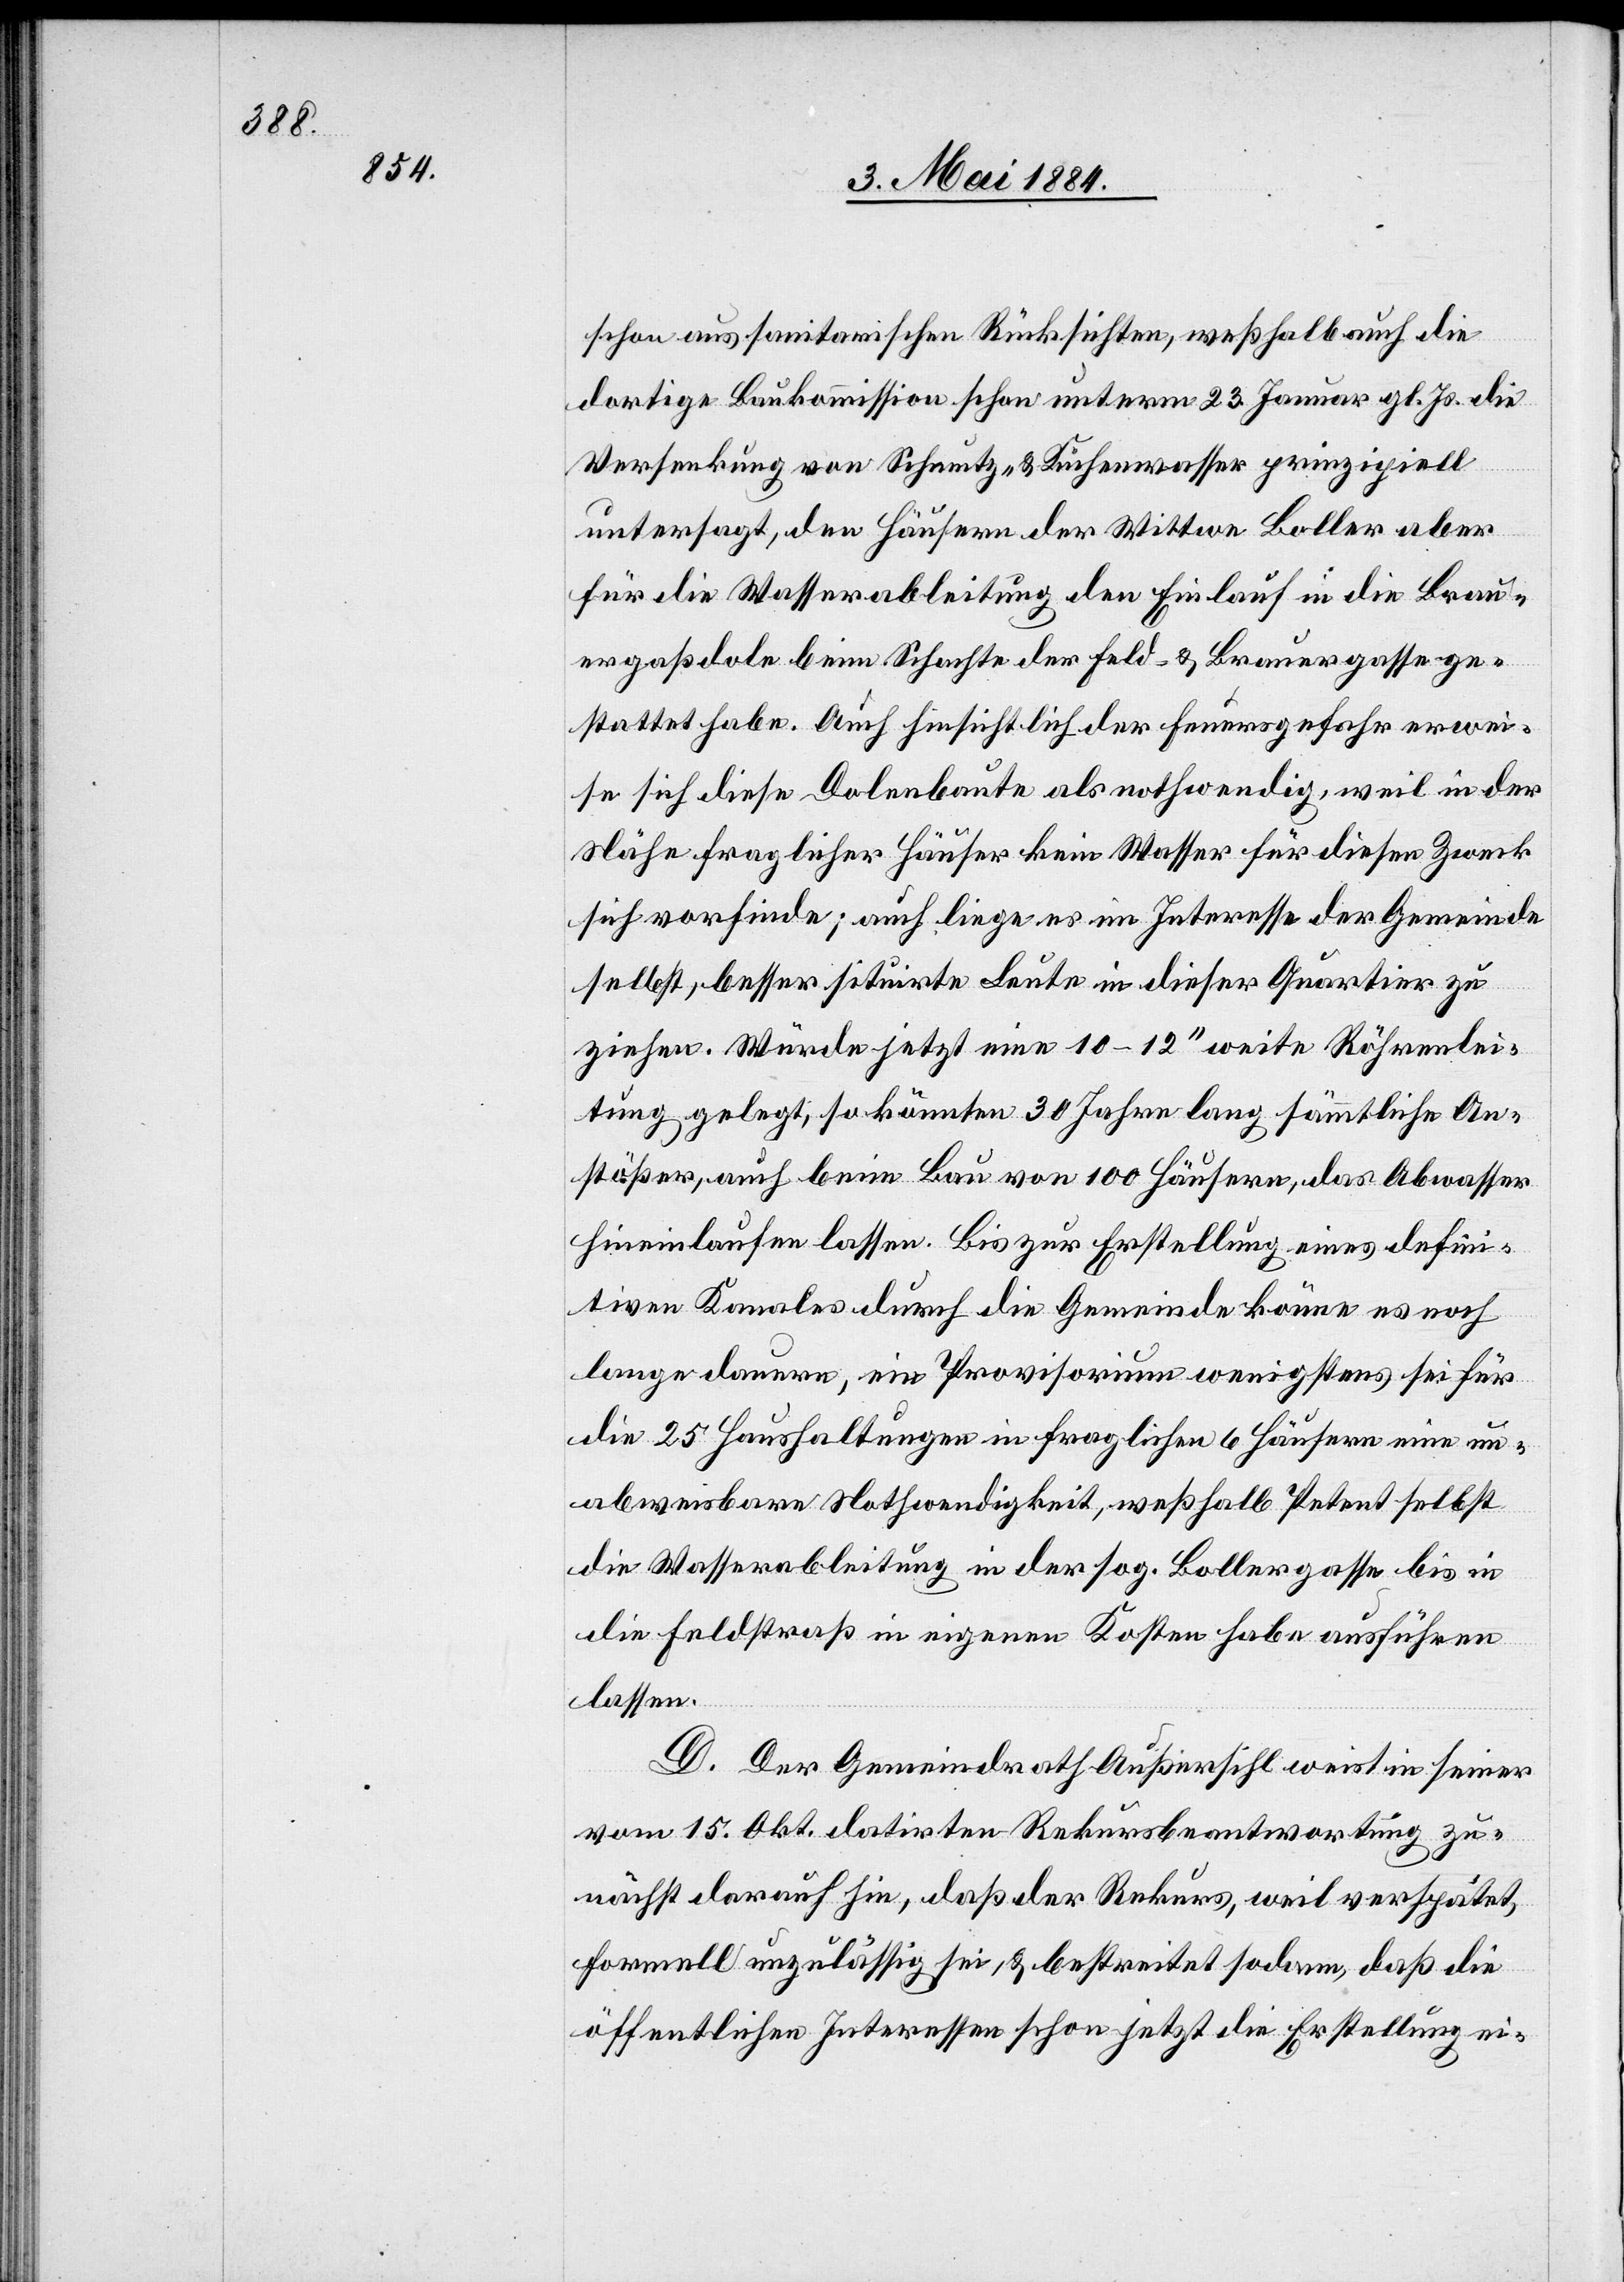
schon aus sanitarischen Rücksichten, weßhalb auch die
dortige Baukommission schon unterm 23. Januar gl. Js. die
Versenkung von Schmutz- & Küchenwasser prinzipiell
untersagt, den Häusern der Wittwe Boller aber
für die Wasserableitung den Einlauf in die Brau¬
ergaßdole beim Schachte der Feld- & Brauergasse ge¬
stattet habe. Auch hinsichtlich der Feuergefahr erwei¬
se sich diese Dolenbaute als nothwendig, weil in der
Nähe fraglicher Häuser kein Wasser für diesen Zweck
sich vorfinde; auch liege es im Interesse der Gemeinde
selbst, besser situirte Leute in dieser [sic!] Quartier zu
ziehen. Würde jetzt eine 10–12“ Röhrenlei¬
tung gelegt, so könnten 30 Jahre lang sämmtliche An¬
stößer, auch beim Bau von 100 Häusern, das Abwasser
hineinlaufen lassen. Bis zur Erstellung eines defini¬
tiven Kanals durch die Gemeinde könne es noch
lange dauern, ein Provisorium wenigstens sei für
die 25 Haushaltungen in fraglichen 6 Häusern eine un¬
abweisbare Nothwendigkeit, weßhalb Petent selbst
die Wasserableitung in der sog. Bollergasse bis in
die Feldstraß[e] in eigenen Kosten habe ausführen
lassen.
D. Der Gemeindrath Außersihl weist in seiner
vom 15. Okt. datirten Rekursbeantwortung zu¬
nächst darauf hin, daß der Rekurs, weil verspätet,
formell unzulässig sei, & bestreitet sodann, daß die
öffentlichen Interessen schon jetzt die Erstellung ei-